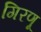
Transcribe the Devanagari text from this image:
गिरणू